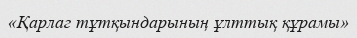
«Қарлаг тұтқындарының ұлттық құрамы»